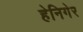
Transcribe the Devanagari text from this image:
हेनिगेर